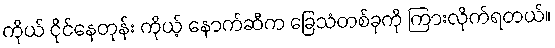
ကိုယ် ငိုင်နေတုန်း ကိုယ့် နောက်ဆီက ခြေသံတစ်ခုကို ကြားလိုက်ရတယ်။